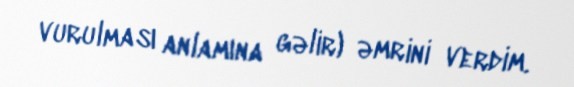
vurulması anlamına gəlir) əmrini verdim.